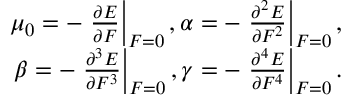
\begin{array} { r } { \mu _ { 0 } = - \left. \frac { \partial E } { \partial F } \right| _ { F = 0 } , \alpha = - \left. \frac { \partial ^ { 2 } E } { \partial F ^ { 2 } } \right| _ { F = 0 } , } \\ { \beta = - \left. \frac { \partial ^ { 3 } E } { \partial F ^ { 3 } } \right| _ { F = 0 } , \gamma = - \left. \frac { \partial ^ { 4 } E } { \partial F ^ { 4 } } \right| _ { F = 0 } . } \end{array}